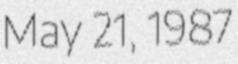
May 21, 1987